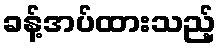
ခန့်အပ်ထားသည့်